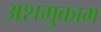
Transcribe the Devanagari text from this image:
अशमुकाम